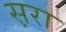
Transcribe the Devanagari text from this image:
स़रा